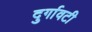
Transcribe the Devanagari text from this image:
दुर्गावटी